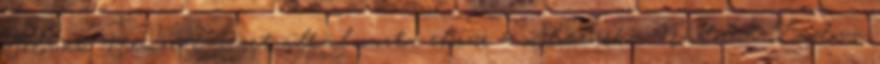
Szlovák Nemzeti Párt alkalmazta először a „Slovenská Nádorná Ludova